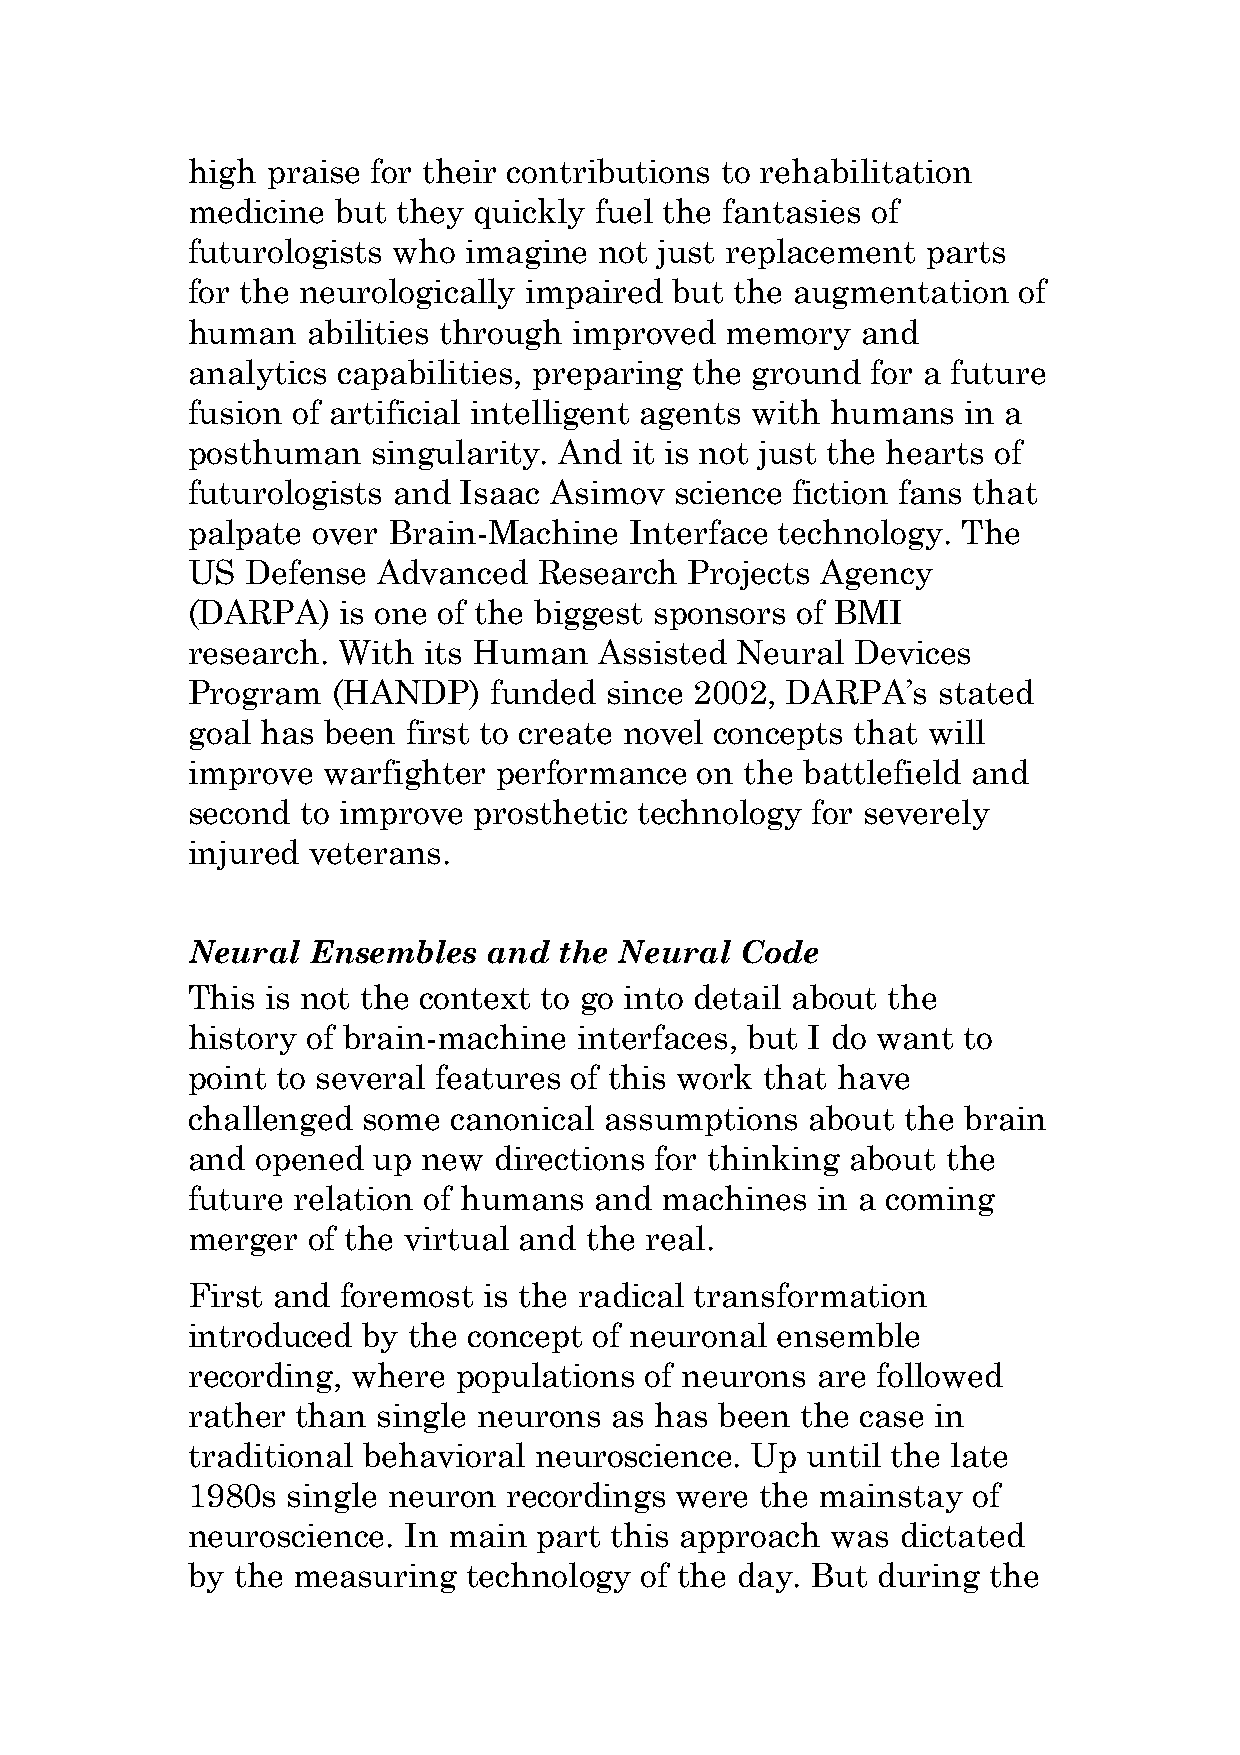
high  praise for their contributions to rehabilitation
 medicine  but they quickly fuel the fantasies of
 futurologists who  imagine  not just replacement parts
 for the neurologically impaired  but the augmentation  of
 human   abilities through improved  memory   and
 analytics capabilities, preparing the ground  for a future
 fusion of artificial intelligent agents with humans in a
 posthuman    singularity. And it is not just the hearts of
 futurologists and Isaac Asimov   science fiction fans that
 palpate  over Brain-Machine   Interface technology. The
 US  Defense  Advanced   Research  Projects Agency
 (DARPA)   is one of the biggest sponsors of BMI
 research. With  its Human   Assisted Neural  Devices
 Program   (HANDP)   funded  since 2002, DARPA’s   stated
 goal has been  first to create novel concepts that will
 improve  warfighter  performance  on the battlefield and
 second  to improve prosthetic technology  for severely
 injured veterans.
 Neural   Ensembles  and  the Neural  Code
 This  is not the context to go into detail about the
 history of brain-machine  interfaces, but I do want to
 point to several features of this work that have
 challenged  some  canonical assumptions   about the brain
 and  opened  up new  directions for thinking about the
 future relation of humans  and  machines  in a coming
 merger  of the virtual and the real.
 First and  foremost is the radical transformation
 introduced  by the concept of neuronal ensemble
 recording, where  populations  of neurons are followed
 rather  than single neurons as has  been the case in
 traditional behavioral neuroscience.  Up until the late
 1980s  single neuron recordings  were the mainstay  of
 neuroscience.  In main part this approach  was  dictated
 by the measuring   technology of the day. But during  the